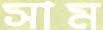
সাম